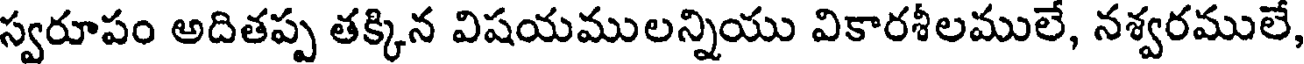
స్వరూపం అదితప్ప తక్కిన విషయములన్నియు వికారశీలములే, నశ్వరములే,